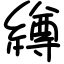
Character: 繜